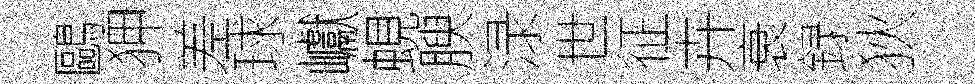
鷗狎差球巘蜆腴渌世征卉衰録狄